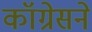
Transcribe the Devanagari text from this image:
कॉग्रेसने